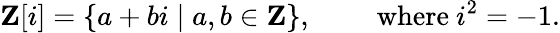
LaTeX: \mathbf{Z}[i]=\{ a+bi\mid a,b\in\mathbf{Z}\} ,\qquad{\mathrm{~where~}}i^{2}=-1.